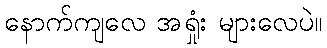
နောက်ကျလေ အရှုံး များလေပဲ။